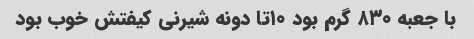
با جعبه ۸۳۰ گرم بود ۱۰تا دونه شیرنی کیفتش خوب بود